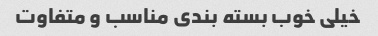
خیلی خوب بسته بندی مناسب و متفاوت